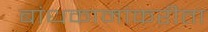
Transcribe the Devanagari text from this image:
बांधकामांकरीता